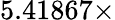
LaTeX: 5.41867\times